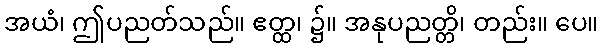
အယံ၊ ဤပညတ်သည်။ ဧတ္ထ၊ ၌။ အနုပညတ္တိ၊ တည်း။ ပေ။